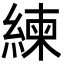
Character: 練